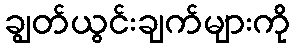
ချွတ်ယွင်းချက်များကို